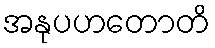
အနုပဟတောတိ